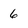
Character: 6